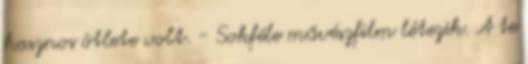
hasznos ötlete volt. - Sokféle művészfilm létezik. A te